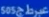
عوض505